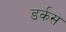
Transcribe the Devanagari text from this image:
डर्कस